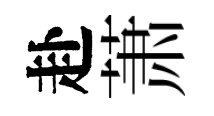
赴萧